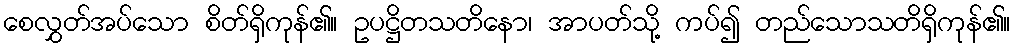
စေလွှတ်အပ်သော စိတ်ရှိကုန်၏။ ဥပဋ္ဌိတသတိနော၊ အာပတ်သို့ ကပ်၍ တည်သောသတိရှိကုန်၏။